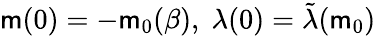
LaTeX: \mathsf{m}(0)=-\mathsf{m}_{0}(\beta),\; \lambda(0)=\tilde{{\lambda}}(\mathsf{m}_{0})